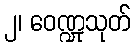
၂၊ ဝေဏ္ဍုသုတ်